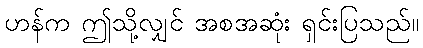
ဟန်က ဤသို့လျှင် အစအဆုံး ရှင်းပြသည်။